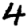
Digit: 4